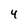
Character: 4